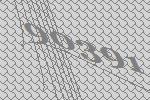
90391